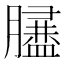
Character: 𦡿